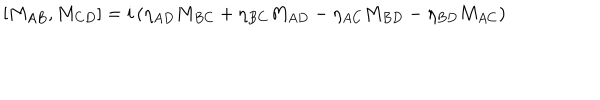
LaTeX: [ M _ { A B } , M _ { C D } ] = i \left( \eta _ { A D } M _ { B C } + \eta _ { B C } M _ { A D } - \eta _ { A C } M _ { B D } - \eta _ { B D } M _ { A C } \right)